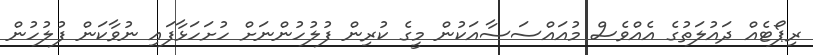
ރިޕޯޓެއް ދައުލަތުގެ އެއްވެސް މުއައްސަސާއަކުން މީގެ ކުރިން ފުލުހުންނަށް ހުށަހަޅާފައި ނުވާކަން ފުލުހުން